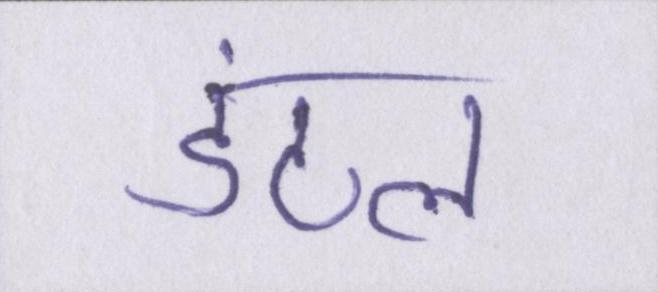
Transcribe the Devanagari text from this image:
डंठल